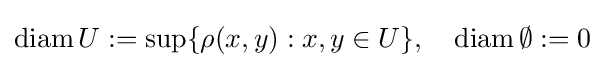
\operatorname {diam} U:=\sup\{\rho (x,y):x,y\in U\},\quad \operatorname {diam} \emptyset :=0